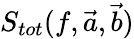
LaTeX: S_{tot}(f,\vec{a},\vec{b})